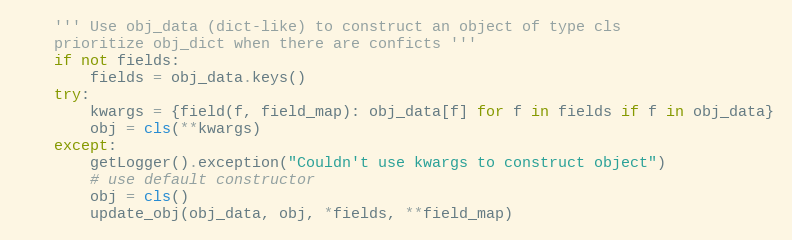
Language: Python
    ''' Use obj_data (dict-like) to construct an object of type cls
    prioritize obj_dict when there are conficts '''
    if not fields:
        fields = obj_data.keys()
    try:
        kwargs = {field(f, field_map): obj_data[f] for f in fields if f in obj_data}
        obj = cls(**kwargs)
    except:
        getLogger().exception("Couldn't use kwargs to construct object")
        # use default constructor
        obj = cls()
        update_obj(obj_data, obj, *fields, **field_map)